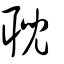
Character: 聣